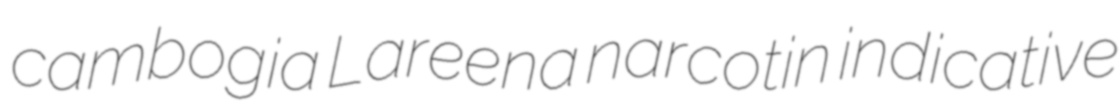
cambogia Lareena narcotin indicative